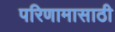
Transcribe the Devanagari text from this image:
परिणामासाठी